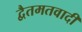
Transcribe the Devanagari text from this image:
द्वैतमतवादी